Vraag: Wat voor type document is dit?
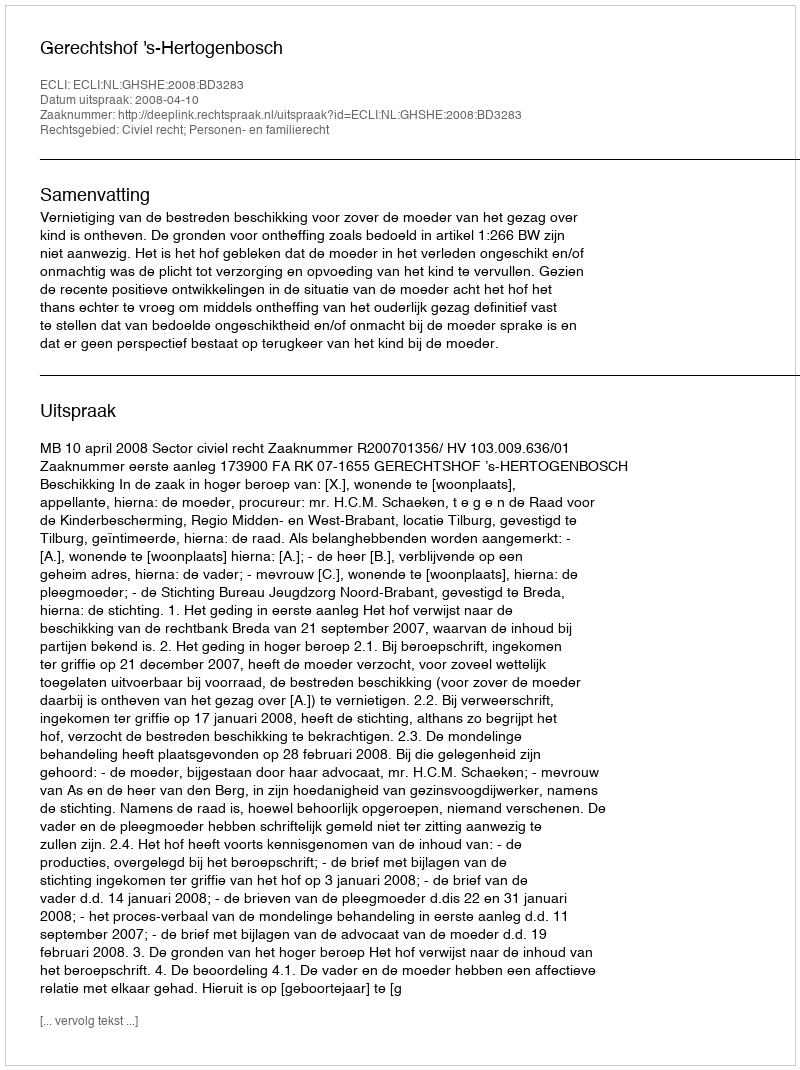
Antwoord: Uitspraak